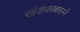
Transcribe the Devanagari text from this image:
खंडकाव्याने